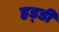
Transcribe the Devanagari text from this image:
हड्‍डी